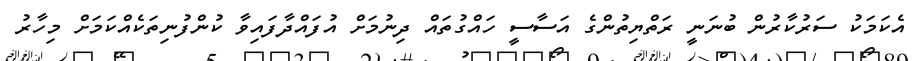
އެކަމަކު ސަރުކާރުން ބުނަނީ ރަތްޔިތުންގެ އަސާސީ ހައްގުތައް ދިނުމަށް އުފައްދާފައިވާ ކުންފުނިތަކެއްކަމަށް މިހާރު